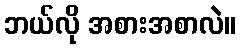
ဘယ်လို အစားအစာလဲ။